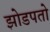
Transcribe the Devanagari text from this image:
झोडपतो